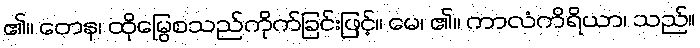
၏။ တေန၊ ထိုမြွေစသည်ကိုက်ခြင်းဖြင့်။ မေ၊ ၏။ ကာလံကိရိယာ၊ သည်။